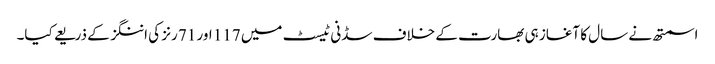
اسمتھ نے سال کا آغاز ہی بھارت کے خلاف سڈنی ٹیسٹ میں 117 اور 71 رنز کی اننگز کے ذریعے کیا۔